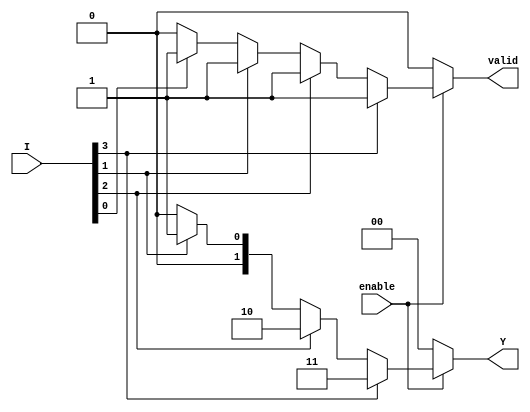
module encoder_4_to_2 (
    input wire [3:0] I,      // 4 input lines
    input wire enable,       // Enable signal
    output reg [1:0] Y,      // 2 output lines
    output reg valid         // Valid output signal
);

always @(*) begin
    if (!enable) begin
        Y = 2'b00;           // If not enabled, output is 00
        valid = 1'b0;       // Output is not valid
    end else begin
        case (1'b1)          // Check for the highest priority active input
            I[3]: begin
                Y = 2'b11;   // Input I3 active
                valid = 1'b1;
            end
            I[2]: begin
                Y = 2'b10;   // Input I2 active
                valid = 1'b1;
            end
            I[1]: begin
                Y = 2'b01;   // Input I1 active
                valid = 1'b1;
            end
            I[0]: begin
                Y = 2'b00;   // Input I0 active
                valid = 1'b1;
            end
            default: begin
                Y = 2'b00;   // No input active
                valid = 1'b0; // Output is not valid
            end
        endcase
    end
end

endmodule